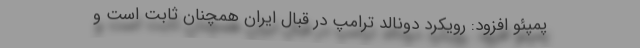
پمپئو افزود: رویکرد دونالد ترامپ در قبال ایران همچنان ثابت است و